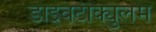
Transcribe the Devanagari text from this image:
डाइवर्टीक्युलम